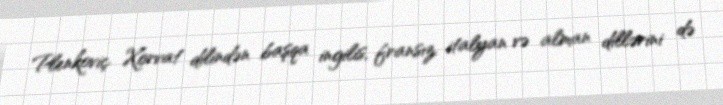
Plenkoviç Xorvat dilindən başqa ingilis, fransız, italyan və alman dillərini də